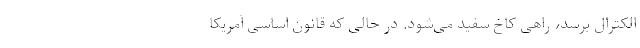
الکترال برسد، راهی کاخ سفید می‌شود. در حالی که قانون اساسی آمریکا